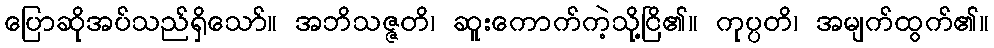
ပြောဆိုအပ်သည်ရှိသော်။ အဘိသဇ္ဇတိ၊ ဆူးကောက်ကဲ့သို့ငြိ၏။ ကုပ္ပတိ၊ အမျက်ထွက်၏။